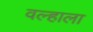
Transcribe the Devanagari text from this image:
वल्हाला